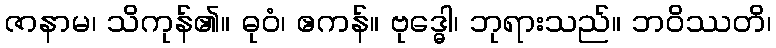
ဇာနာမ၊ သိကုန်၏။ ဓုဝံ၊ ဧကန်။ ဗုဒ္ဓေါ၊ ဘုရားသည်။ ဘဝိဿတိ၊